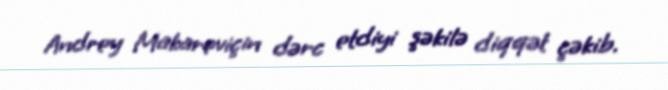
Andrey Makareviçin dərc etdiyi şəkilə diqqət çəkib.